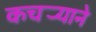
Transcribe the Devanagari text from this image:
कचर्‍याने